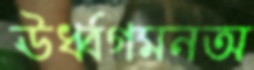
ঊর্ধ্বগমনঅ